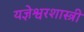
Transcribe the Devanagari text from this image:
यज्ञेश्वरशास्त्री